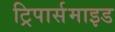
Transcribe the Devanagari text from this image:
ट्रिपार्समाइड